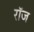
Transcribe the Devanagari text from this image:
रॉज